画像に写った文字を読んでください
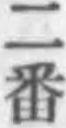
「二番」と書いてあります